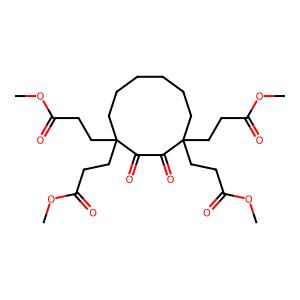
SMILES: COC(=O)CCC1(CCC(=O)OC)CCCCCCC(CCC(=O)OC)(CCC(=O)OC)C(=O)C1=O
Inhibits HIV replication: No